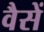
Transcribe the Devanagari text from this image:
वैसें